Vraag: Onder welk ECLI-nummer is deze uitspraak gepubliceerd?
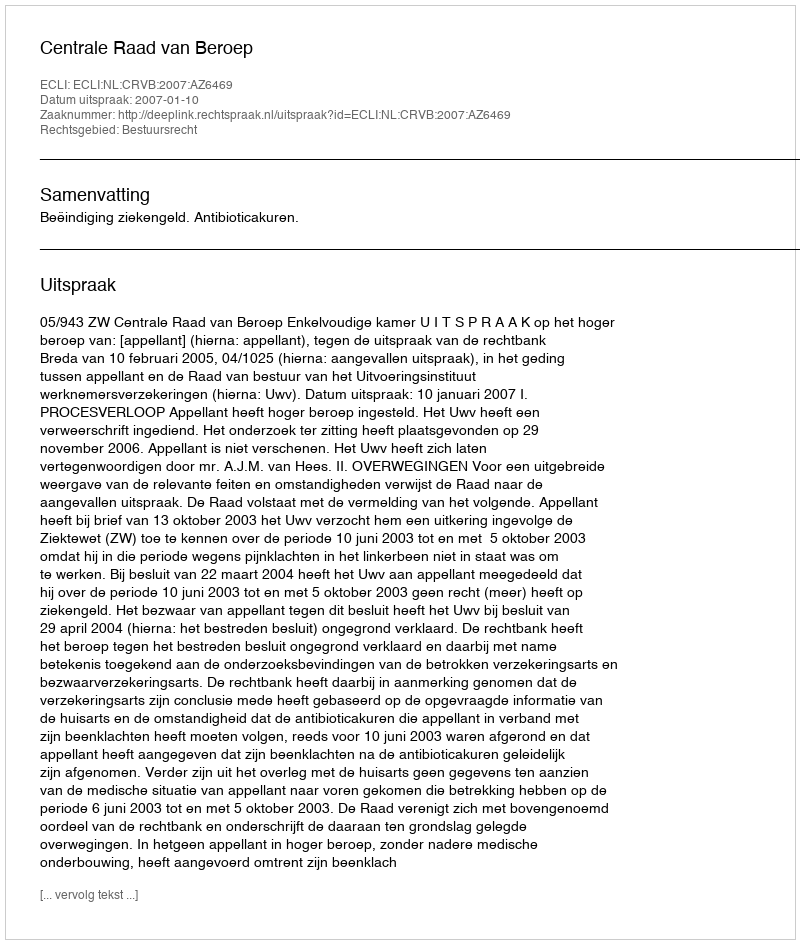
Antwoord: ECLI:NL:CRVB:2007:AZ6469